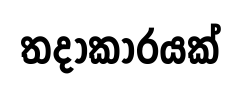
තදාකාරයක්